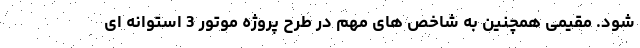
شود. مقیمی همچنین به شاخص های مهم در طرح پروژه موتور 3 استوانه ای